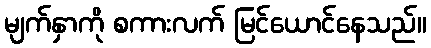
မျက်နှာကို စကားလက် မြင်ယောင်နေသည်။